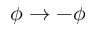
\phi \rightarrow - \phi